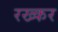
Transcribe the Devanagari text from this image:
रख्कर